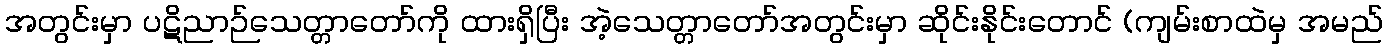
အတွင်းမှာ ပဋိညာဉ်သေတ္တာတော်ကို ထားရှိပြီး အဲ့သေတ္တာတော်အတွင်းမှာ ဆိုင်းနိုင်းတောင် (ကျမ်းစာထဲမှ အမည်